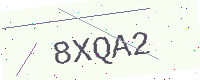
Text: 8XQA2